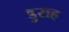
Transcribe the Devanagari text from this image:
डुराह